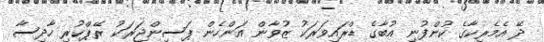
ދޭ އެމެރިކާގެ ކުންފުނި އުބާގެ ޑްރައިވަރަކު ޒުވާން އަންހެން ޕަސިންޖަރަކު ރޭޕްކުރި ހާދިސާ